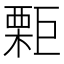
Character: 𣙬